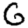
Digit: 6